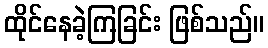
ထိုင်နေခဲ့ကြခြင်း ဖြစ်သည်။